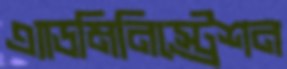
এ্যাডমিনিস্ট্রেশন